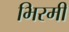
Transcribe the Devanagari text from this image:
भिरमी